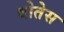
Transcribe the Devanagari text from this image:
बोतेस